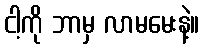
ငါ့ကို ဘာမှ လာမမေးနဲ့။